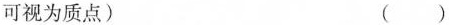
可视为质点) ( )